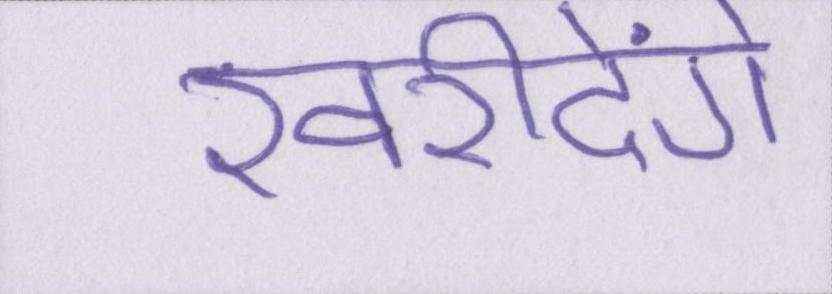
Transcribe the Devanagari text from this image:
खरीदेंगे